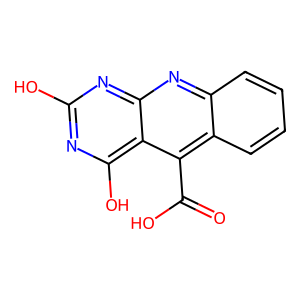
SMILES: O=C(O)c1c2ccccc2nc2nc(O)nc(O)c12
Inhibits HIV replication: No